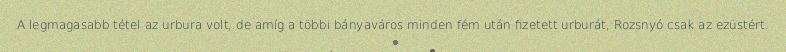
A legmagasabb tétel az urbura volt, de amíg a többi bányaváros minden fém után fizetett urburát, Rozsnyó csak az ezüstért.